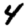
Digit: 4